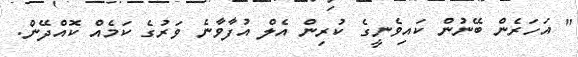
" އަހަރެން ބޭނުން ކައިވެނީގެ ކުރިން އެލް އުފާވާނެ ވަރުގެ ކަމެއް ކޮއްދޭން.